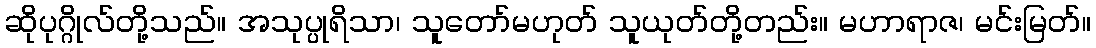
ဆိုပုဂ္ဂိုလ်တို့သည်။ အသုပ္ပုရိသာ၊ သူတော်မဟုတ် သူယုတ်တို့တည်း။ မဟာရာဇ၊ မင်းမြတ်။